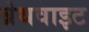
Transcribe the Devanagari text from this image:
ब्रेथवाइट